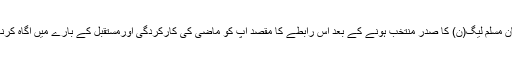
پاکستان مسلم لیگ(ن) کا صدر منتخب ہونے کے بعد اس رابطے کا مقصد آپ کو ماضی کی کارکردگی اورمستقبل کے بارے میں آگاہ کرنا ہے ۔